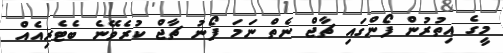
މީގެ އިތުރުން ފޯންގައި ޗާޖް ނެތް ނަމަ ފޯނު ޗާޖް ކުރެވޭނެ ބެޓެރިއެއް